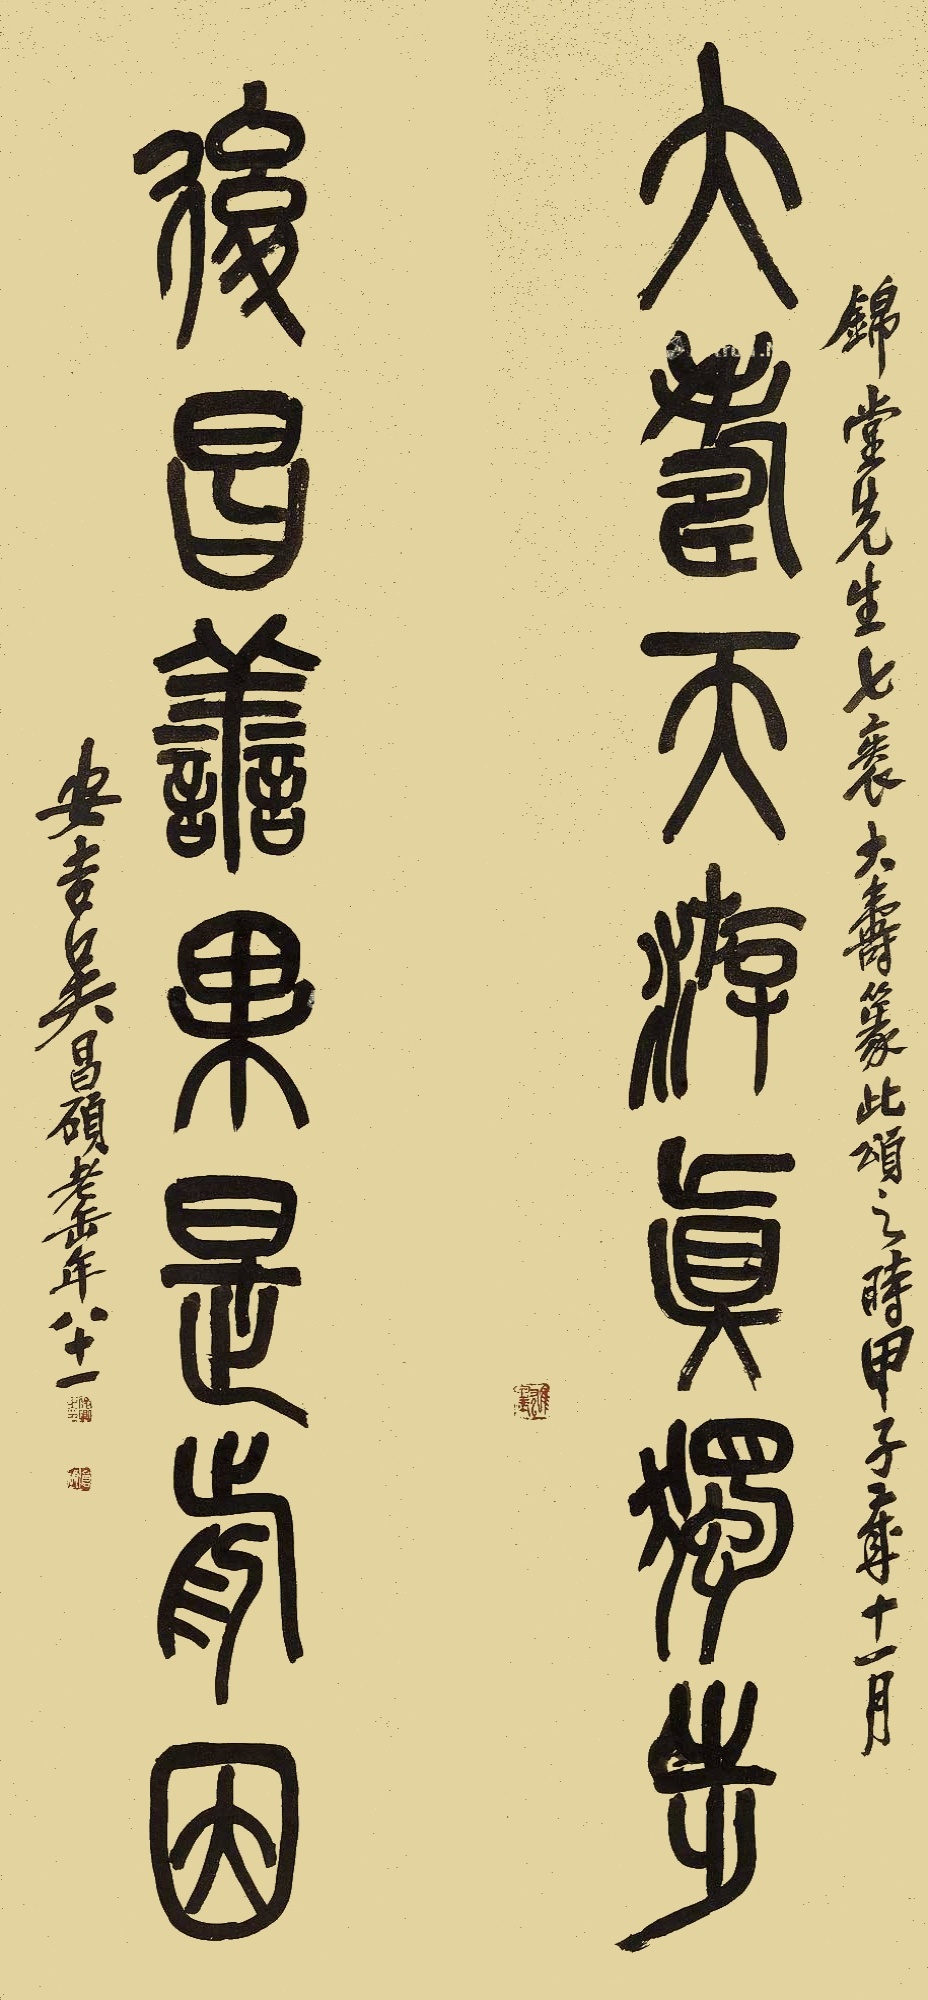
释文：大寿天游真独步，后昌善果是前因。锦堂先生七袠大寿，篆此颂之，时甲子岁十一月，安吉吴昌硕老缶年八十一。